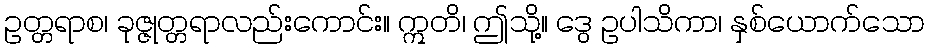
ဥတ္တရာစ၊ ခုဇ္ဇုတ္တရာလည်းကောင်း။ ဣတိ၊ ဤသို့။ ဒွေ ဥပါသိကာ၊ နှစ်ယောက်သော